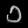
Digit: ၁